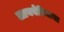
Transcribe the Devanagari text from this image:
लायबेरियाचा